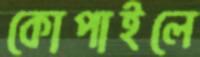
কোপাইলে